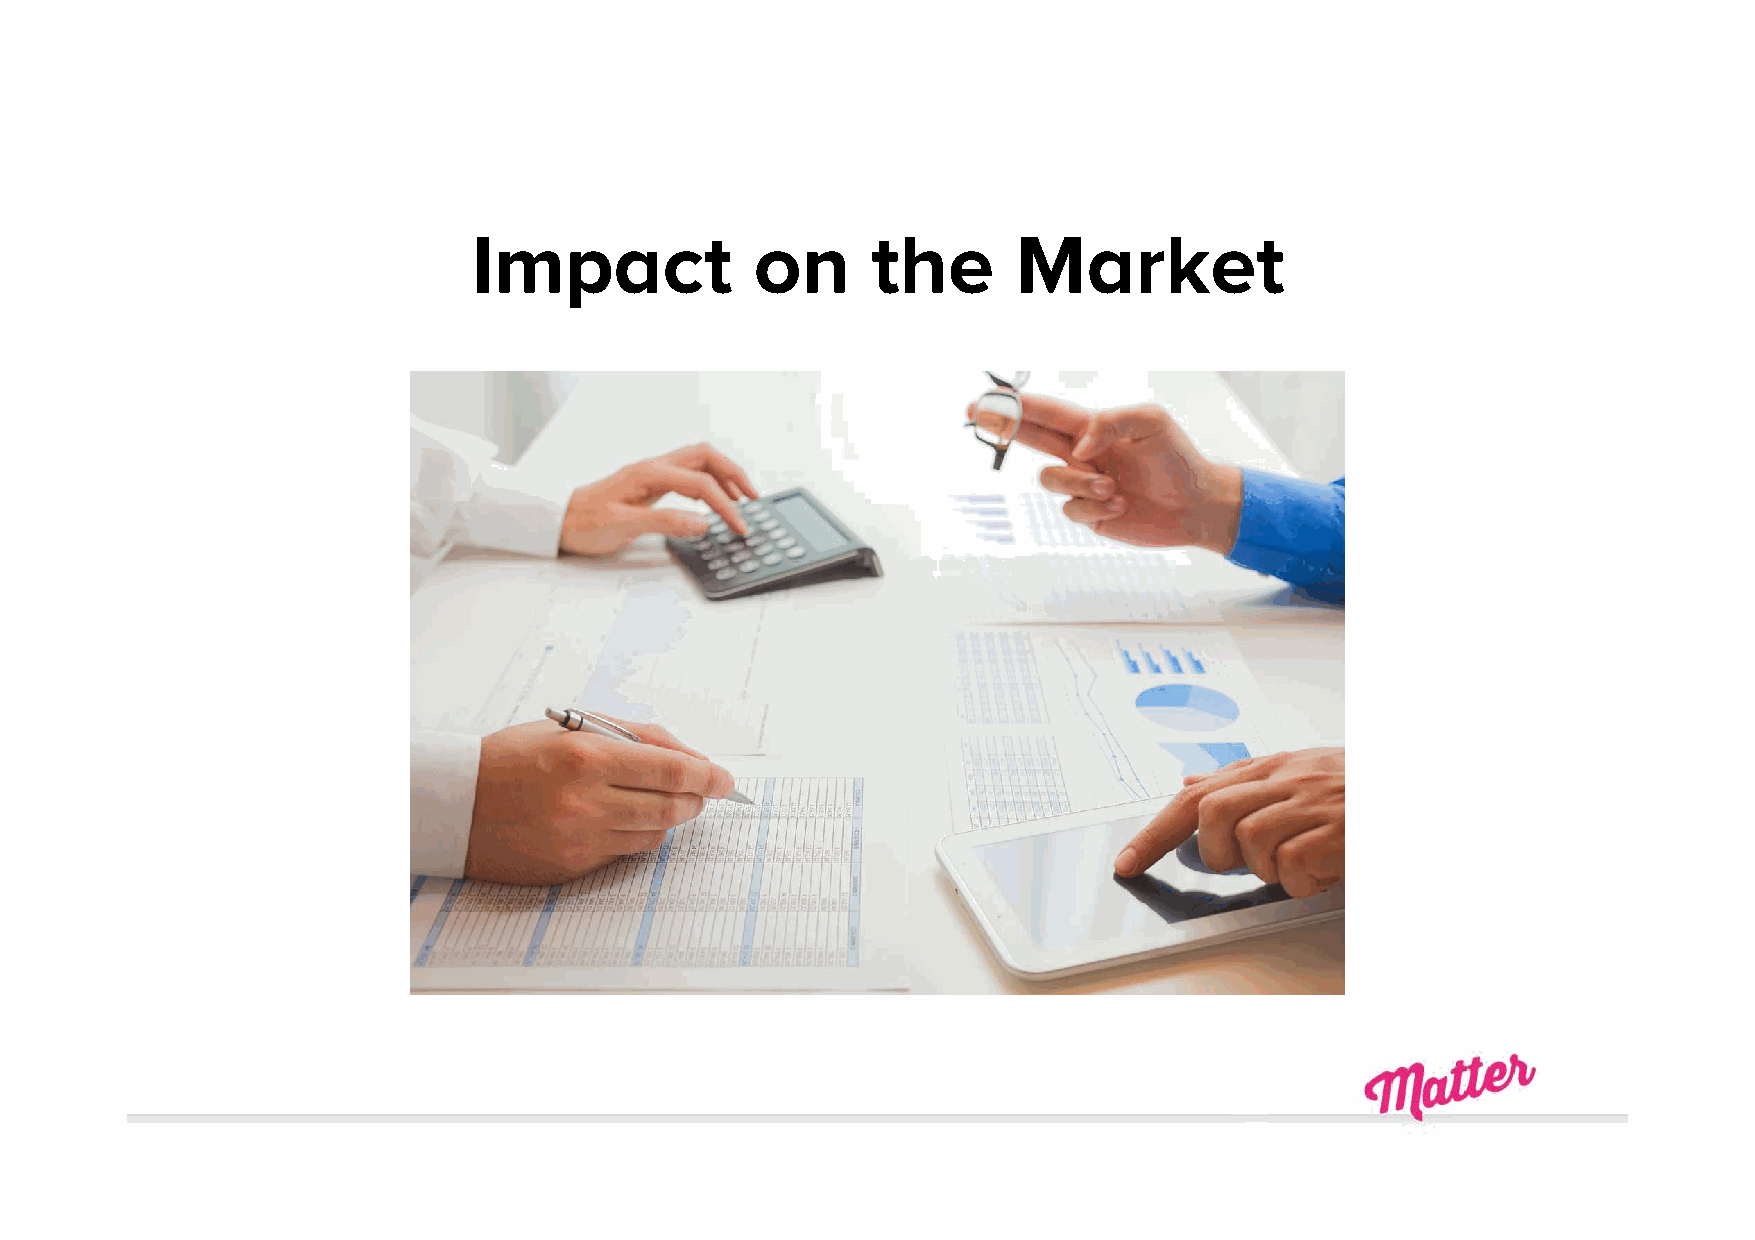
Impact             on      the      Market